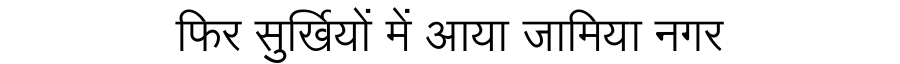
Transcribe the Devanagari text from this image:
फिर सुर्खियों में आया जामिया नगर